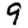
Digit: 9